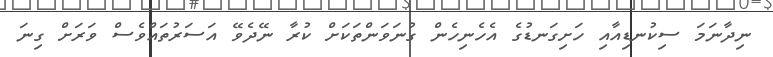
ނިދާނަމަ ސިކުނޑިއާއި ހަށިގަނޑުގެ އެހެނިހެން ގުނަވަންތަކަށް ކުރާ ނޭދެވޭ އަސަރުތައްވެސް ވަރަށް ގިނަ